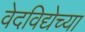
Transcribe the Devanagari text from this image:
वेदविद्येच्या